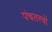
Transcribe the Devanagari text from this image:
पंचतत्त्वों